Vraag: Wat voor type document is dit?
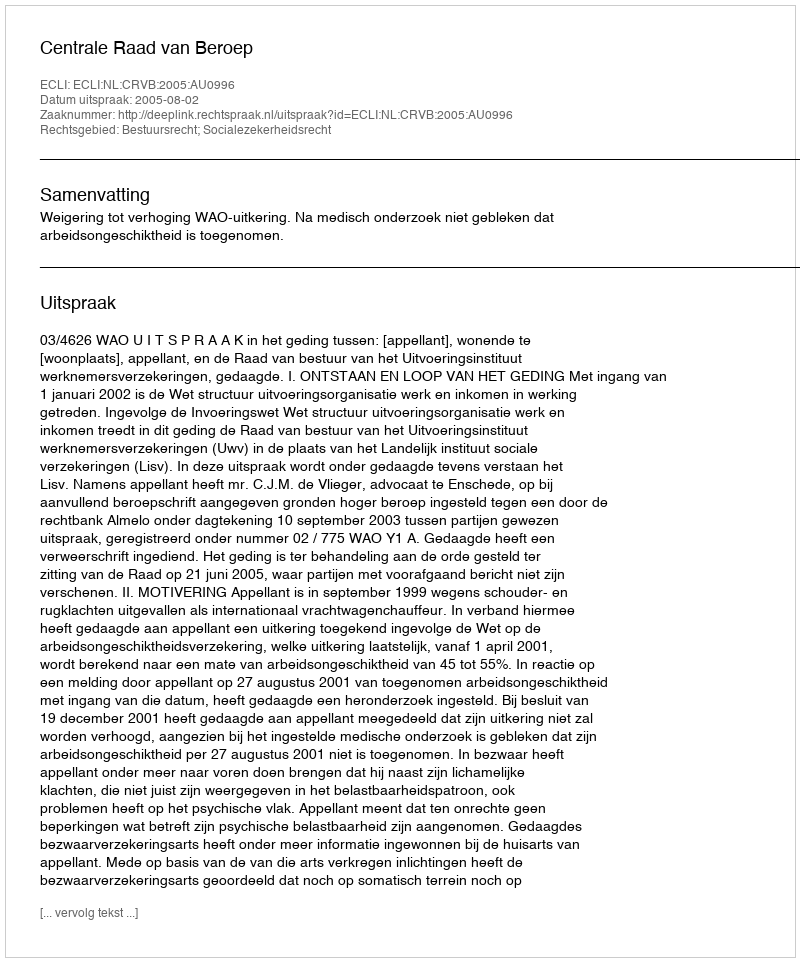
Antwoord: Uitspraak